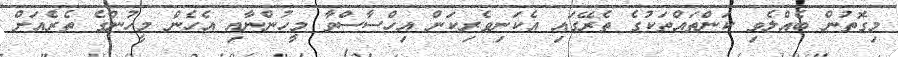
މިގޮތުން ބެއްލެވި ކަންތައްތަކުގެ ތެރޭގައި އެކަނިވެރިކަން އިހްސާސްވާ މީހުންނާއި އެހެން މީހުންގެ ތެރެއަށް